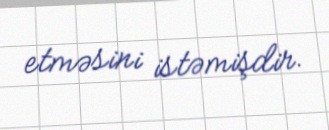
etməsini istəmişdir.